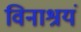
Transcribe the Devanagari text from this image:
विनाश्रयं